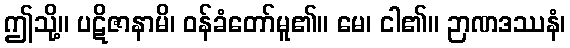
ဤသို့။ ပဋိဇာနာမိ၊ ဝန်ခံတော်မူ၏။ မေ၊ ငါ၏။ ဉာဏဒဿနံ၊